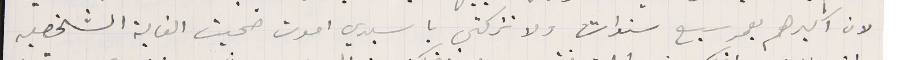
لان اكبرهم بعمر سيع سنوات ولا تتركتي يا سيدي اموت ضحيت الغاية الشخصيه